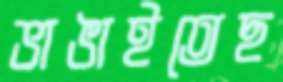
ভাঙাইতেছ